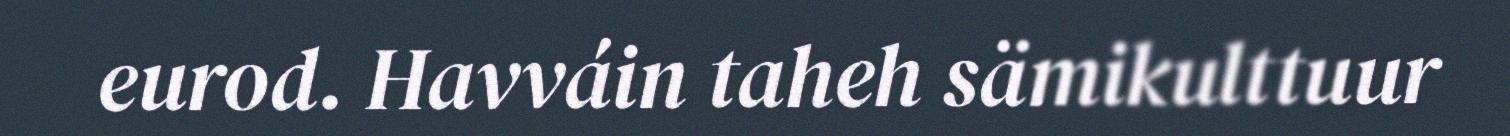
eurod. Havváin taheh sämikulttuur